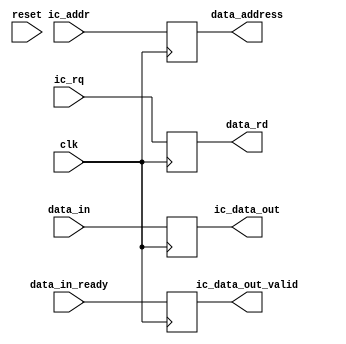
module toy_icache(input clk,
                  input             reset,
                  input [31:0]      ic_addr,
                  input             ic_rq,
                  output reg        ic_data_out_valid,
                  output reg [31:0] ic_data_out,
                  input [31:0]      data_in, 
                  input             data_in_ready, 
                  output reg        data_rd, 
                  output reg [31:0] data_address 
                  );
   always @(posedge clk)
     begin
        data_address <= ic_addr;
        data_rd <= ic_rq;
        ic_data_out <= data_in;
        ic_data_out_valid <= data_in_ready;
     end
endmodule